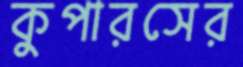
কুপারসের